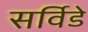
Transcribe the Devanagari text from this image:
सर्विडे